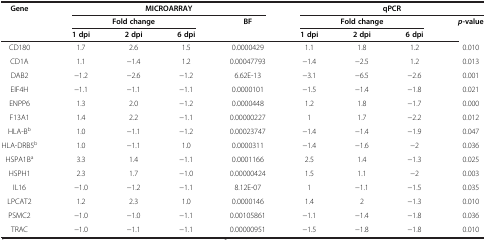
<table><thead><tr><td rowspan="3"><b>Gene</b></td><td colspan="4"><b>MICROARRAY</b></td><td colspan="4"><b>qPCR</b></td></tr><tr><td colspan="3"><b>Fold change</b></td><td rowspan="2"><b>BF</b></td><td colspan="3"><b>Fold change</b></td><td rowspan="2"><b><i>p</i>-value</b></td></tr><tr><td><b>1 dpi</b></td><td><b>2 dpi</b></td><td><b>6 dpi</b></td><td><b>1 dpi</b></td><td><b>2 dpi</b></td><td><b>6 dpi</b></td></tr></thead><tbody><tr><td>CD180</td><td>1.7</td><td>2.6</td><td>1.5</td><td>0.0000429</td><td>1.1</td><td>1.8</td><td>1.2</td><td>0.010</td></tr><tr><td>CD1A</td><td>1.1</td><td>−1.4</td><td>1.2</td><td>0.00047793</td><td>−1.4</td><td>−2.5</td><td>1.2</td><td>0.013</td></tr><tr><td>DAB2</td><td>−1.2</td><td>−2.6</td><td>−1.2</td><td>6.62E-13</td><td>−3.1</td><td>−6.5</td><td>−2.6</td><td>0.001</td></tr><tr><td>EIF4H</td><td>−1.1</td><td>−1.1</td><td>−1.1</td><td>0.0000101</td><td>−1.5</td><td>−1.4</td><td>−1.8</td><td>0.021</td></tr><tr><td>ENPP6</td><td>1.3</td><td>2.0</td><td>−1.2</td><td>0.0000448</td><td>1.2</td><td>1.8</td><td>−1.7</td><td>0.000</td></tr><tr><td>F13A1</td><td>1.4</td><td>2.2</td><td>−1.1</td><td>0.00000227</td><td>1</td><td>1.7</td><td>−2.2</td><td>0.012</td></tr><tr><td>HLA-B<sup>b</sup></td><td>1.0</td><td>−1.1</td><td>−1.2</td><td>0.00023747</td><td>−1.4</td><td>−1.4</td><td>−1.9</td><td>0.047</td></tr><tr><td>HLA-DRB5<sup>b</sup></td><td>1.0</td><td>−1.1</td><td>1.0</td><td>0.0000311</td><td>−1.4</td><td>−1.6</td><td>−2</td><td>0.036</td></tr><tr><td>HSPA1B<sup>a</sup></td><td>3.3</td><td>1.4</td><td>−1.1</td><td>0.0001166</td><td>2.5</td><td>1.4</td><td>−1.3</td><td>0.025</td></tr><tr><td>HSPH1</td><td>2.3</td><td>1.7</td><td>−1.0</td><td>0.00000424</td><td>1.5</td><td>1.1</td><td>−2</td><td>0.003</td></tr><tr><td>IL16</td><td>−1.0</td><td>−1.2</td><td>−1.1</td><td>8.12E-07</td><td>1</td><td>−1.1</td><td>−1.5</td><td>0.035</td></tr><tr><td>LPCAT2</td><td>1.2</td><td>2.3</td><td>1.0</td><td>0.0000146</td><td>1.4</td><td>2</td><td>−1.3</td><td>0.010</td></tr><tr><td>PSMC2</td><td>−1.0</td><td>−1.0</td><td>−1.1</td><td>0.00105861</td><td>−1.1</td><td>−1.4</td><td>−1.8</td><td>0.036</td></tr><tr><td>TRAC</td><td>−1.0</td><td>−1.1</td><td>−1.1</td><td>0.00000951</td><td>−1.5</td><td>−1.8</td><td>−1.8</td><td>0.010</td></tr></tbody></table>